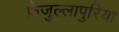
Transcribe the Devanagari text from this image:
फ़ैजुल्लापुरिया